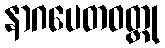
နာဂပေတဝတ္ထု